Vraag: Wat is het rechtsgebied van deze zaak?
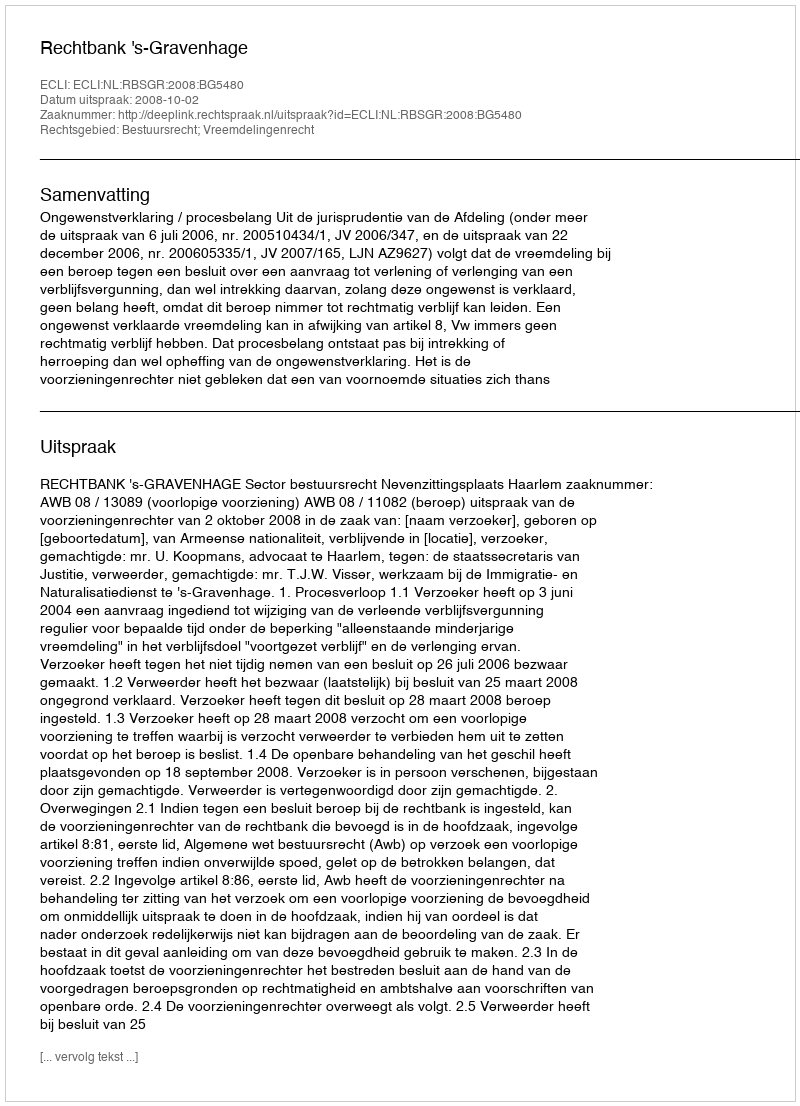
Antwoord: Bestuursrecht; Vreemdelingenrecht